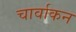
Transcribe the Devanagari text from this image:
चार्वाकन